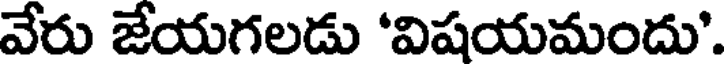
వేరు జేయగలడు 'విషయమందు'.